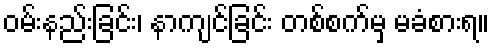
ဝမ်းနည်းခြင်း၊ နာကျင်ခြင်း တစ်စက်မှ မခံစားရ။